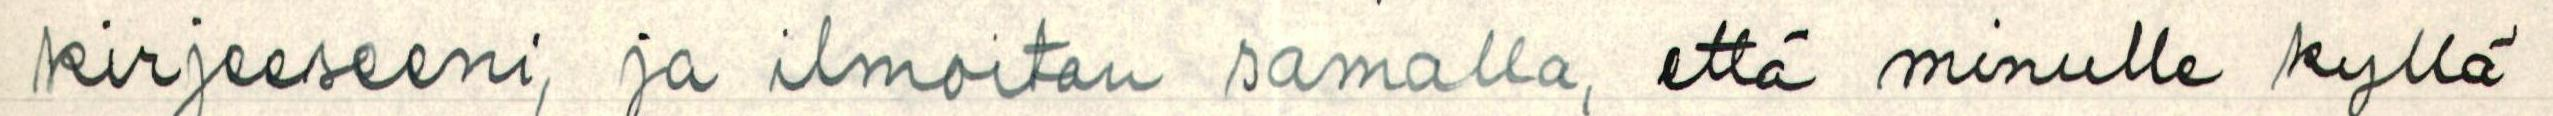
kirjeeseeni, ja ilmoitan samalla, että minulle kyllä